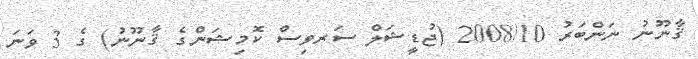
ޤާނޫނު ނަންބަރު 2008/10 (ޖުޑީޝަލް ސަރވިސް ކޮމިޝަންގެ ޤާނޫނު) ގެ 3 ވަނަ